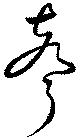
聲